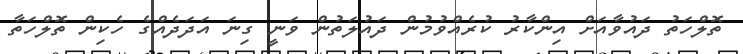
ތޮލްހަތު ދައުވާއަށް އިންކާރު ކުރެއްވުމުން ދައުލަތުން ވަނީ ގިނަ އަދަދެއްގެ ހެކިން ތޮލްހަތާ